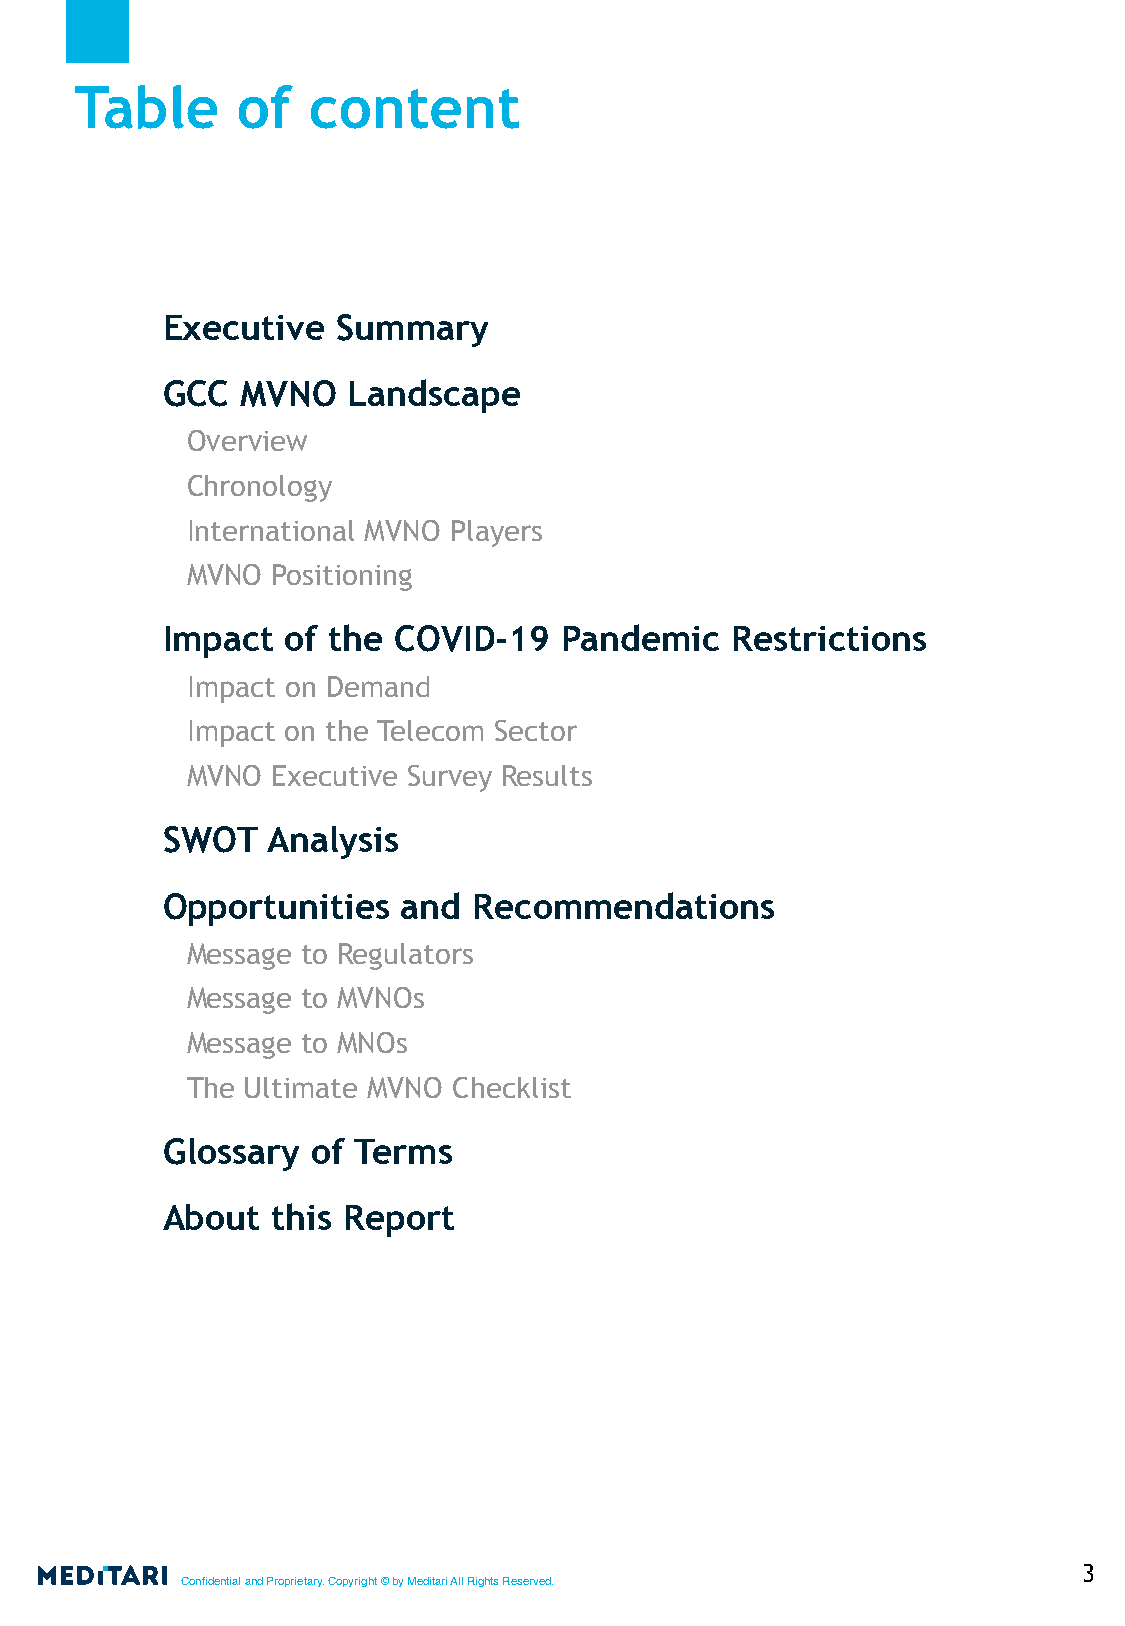
Table      of  content
 Executive  Summary
 GCC  MVNO   Landscape
 Overview
 Chronology
 International MVNO Players
 MVNO  Positioning
 Impact  of the COVID-19   Pandemic   Restrictions
 Impact on Demand
 Impact on the Telecom Sector
 MVNO  Executive Survey Results
 SWOT   Analysis
 Opportunities   and Recommendations
 Message to Regulators
 Message to MVNOs
 Message to MNOs
 The Ultimate MVNO Checklist
 Glossary  of Terms
 About  this Report
 3
 Confidential and Proprietary. Copyright © by Meditari All Rights Reserved.